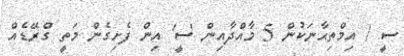
ސީ / އިމްތިޙާނަކުން 5 މާއްދާއިން 'ސީ' އިން ފެށިގެން މަތީ ގްރޭޑެއް